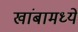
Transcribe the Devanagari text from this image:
खांबामध्ये